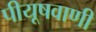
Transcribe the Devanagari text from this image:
पीयूषवाणी